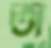
অ